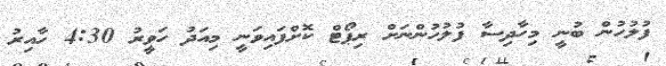
ފުލުހުން ބުނީ މިހާދިސާ ފުލުހުންނަށް ރިޕޯޓް ކޮށްފައިވަނީ މިއަދު ހަވީރު 4:30 ހާއިރު